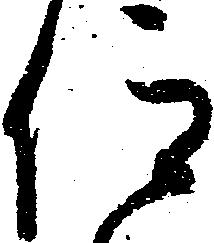
仰